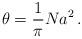
LaTeX: \begin{align*}\theta = \frac{1}{\pi} N a^2 \,.\end{align*}